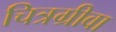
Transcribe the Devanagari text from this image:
चित्रग्रीवा